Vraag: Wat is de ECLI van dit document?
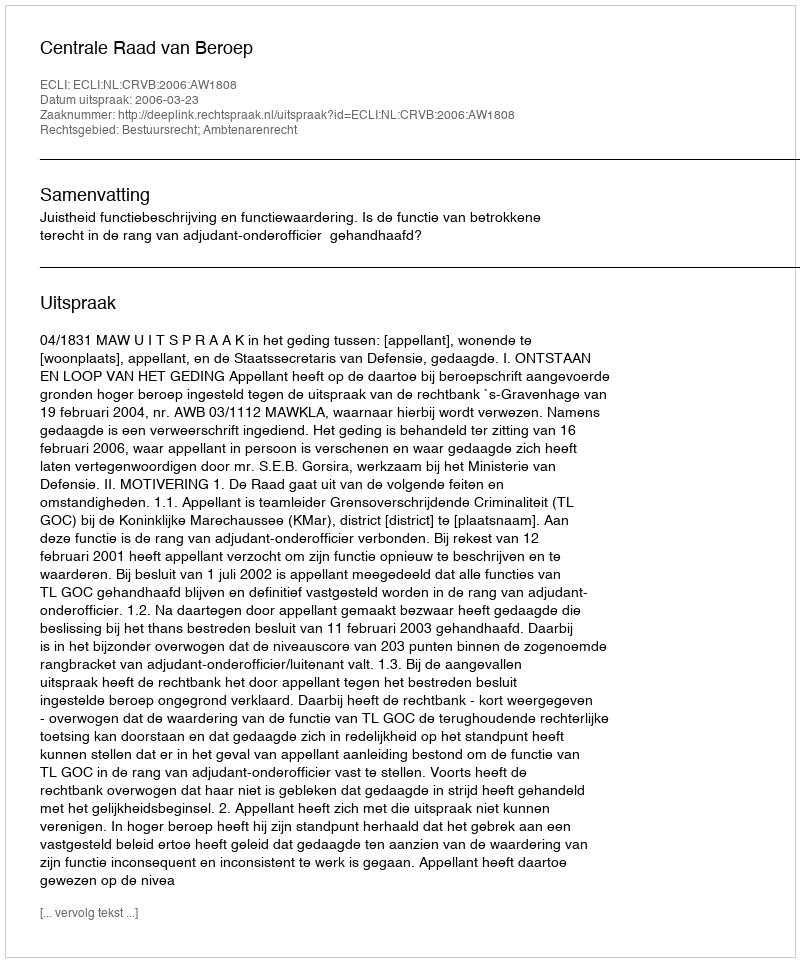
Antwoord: ECLI:NL:CRVB:2006:AW1808